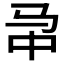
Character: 𱅁